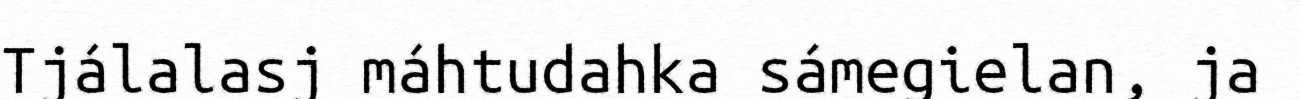
Tjálalasj máhtudahka sámegielan, ja